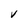
Character: V